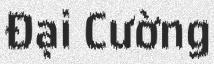
Đại Cường